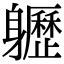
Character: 𨊛